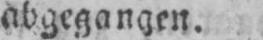
abgegangen.